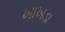
ખાખડા